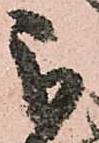
被